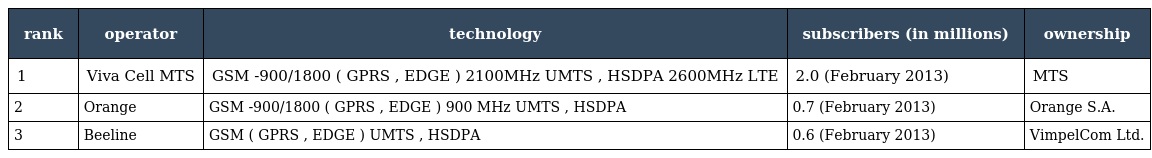
| rank | operator | technology | subscribers (in millions) | ownership |
 | --- | --- | --- | --- | --- |
 | 1 | Viva Cell MTS | GSM -900/1800 ( GPRS , EDGE ) 2100MHz UMTS , HSDPA 2600MHz LTE | 2.0 (February 2013) | MTS |
 | 2 | Orange | GSM -900/1800 ( GPRS , EDGE ) 900 MHz UMTS , HSDPA | 0.7 (February 2013) | Orange S.A. |
 | 3 | Beeline | GSM ( GPRS , EDGE ) UMTS , HSDPA | 0.6 (February 2013) | VimpelCom Ltd. |